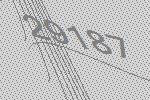
29187